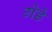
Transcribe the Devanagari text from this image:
गेडे